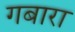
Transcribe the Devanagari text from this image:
गबारा